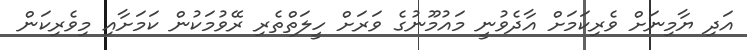
އަދި ޔާމިނަށް ވެރިކަމަށް އާދެވުނީ މައުމޫނުގެ ވަރަށް ހީލަތްތެރި ރޭވުމަކުން ކަމަށާއި މިވެރިކަން